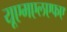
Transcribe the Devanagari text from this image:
यूएमएलएफए